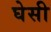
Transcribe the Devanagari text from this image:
घेसी